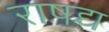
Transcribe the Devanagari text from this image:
राषद्र्य